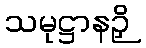
သမုဋ္ဌာနဉှိ